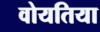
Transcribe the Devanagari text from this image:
वोयतिया